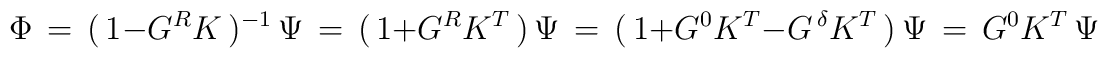
\Phi\,=\,(\,1-G^RK\,)^{-1}\,\Psi\,=\,(\,1+G^RK^T\,)\,\Psi\,=\,(\,1+G^0K^T-G^{\,\delta}K^T\,)\,\Psi\,=\,G^0K^T\,\Psi